Vaccination in the Punjab 1919-1929 - 1919-1929
Year: 1919
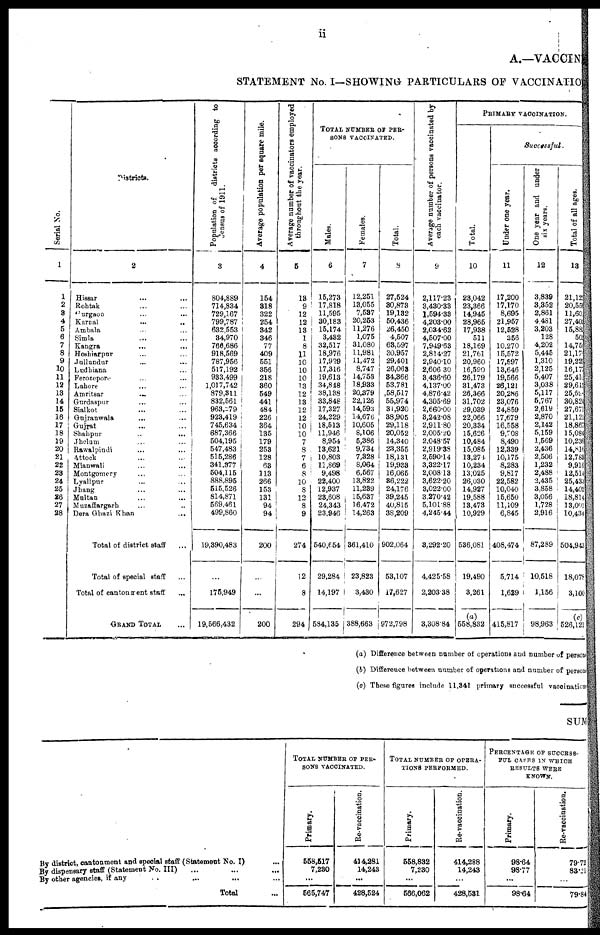
ii
A.—VACCIN
STATEMENT No. I—SHOWING PARTICULARS OF VACCINATIO
Serial No.
1
1
2
3
4
5
6
7
8
9
10
11
12
13
14
15
16
17
18
19
20
21
22
23
24
25
26
27
28
Districts.
2
Hissar ... ...
Rohtak ... ...
Gurgaon ... ...
Karnal
...
...
Ambala ... ...
Simla ... ...
Kangra ... ...
Hoshiarpur ... ...
Jullundur ... ...
Ludhiana ... ...
Ferozepore ... ...
Lahore ... ...
Amritsar
...
...
Gurdaspur ... ...
Sialkot ... ...
Gujranwala ... ...
Gujrat
...
...
Shahpur
...
...
Jhelum ... ...
Rawalpindi ... ...
Attock ... ...
Mianwali ... ...
Montgomery ... ...
Lyallpur ... ...
Jhang ... ...
Multan ... ...
Muzaffargarh ... ...
Dera Ghazi Khan
...
Total of district staff ...
Total of special staff ...
Total of cantonment staff ...
GRAND TOTAL ...
Population of districts according to
Census
of 1911.
3
804,889
714,834
729,167
799,787
632,553
34,970
766,686
918,569
787,956
517,192
933,499
1,017,742
879,311
832,561
963,279
923,419
745,634
687,366
504,195
547,483
515,286
341,377
504,115
888,895
515,526
814,871
569,461
499,860
19,390,483
...
175,949
19,566,432
Average population per square mile.
4
154
318
322
254
342
346
77
409
551
356
218
360
549
441
484
226
364
135
179
253
128
63
113
266
153
131
94
94
200
...
...
200
Average number of vaccinators employed
throughout the year.
5
13
9
12
12
13
1
8
11
10
10
10
13
12
13
12
12
10
10
7
8
7
6
8
10
8
12
8
9
274
12
8
294
TOTAL NUMBER OF PER-
SONS VACCINATED.
Males.
6
15,273
17,818
11,595
30,183
15,174
3,432
32,517
18,976
17,929
17,316
19,613
34,848
38,138
33,848
17,327
24,229
18,513
11,946
8,954
13,621
10,803
11,869
9,498
22,400
12,937
23,608
24,343
23,946
540,654
29,284
14,197
584,135
Females.
7
12,251
13,055
7,537
20,253
11,276
1,075
31,080
11,981
11,472
8,747
14,758
18,933
20,379
22,126
14,593
14,676
10,605
8,106
5,386
9,734
7,328
8,064
6,567
13,822
11,239
15,637
16,472
14,263
361,410
23,823
3,430
388,663
Total.
8
27,524
30,873
19,132
50,436
26,450
4,507
63,597
30,957
29,401
26,063
34,366
53,781
58,517
55,974
31,920
38,905
29,118
20,052
14,340
23,355
18,131
19,933
16,065
36,222
24,176
39,245
40,815
38,209
902,064
53,107
17,627
972,798
Average number of persons vaccinated by
each vaccinator.
9
2,117.23
3,430.33
1,594.33
4,203.00
2,034.62
4,507.00
7,949.63
2,814.27
2,940.10
2,606.30
3,436.60
4,137.00
4,876.42
4,305.69
2,660.00
3,242.08
2,911.80
2,005.20
2,048.57
2,919.38
2,590.14
3,322.17
2,008.13
3,622.20
3,022.00
3,270.42
5,101.88
4,245.44
3,292.20
4,425.58
2,203.38
3,308.84
PRIMARY VACCINATION.
Total.
10
23,042
23,366
14,945
28,965
17,938
511
18,169
21,761
20,960
16,590
26,179
31,473
28,366
31,702
29,039
22,066
20,334
15,626
10,484
15,085
18,274
10,234
13,025
26,030
14,927
19,588
13,473
10,929
536,081
19,490
3,261
(a)
558,832
Successful.
Under one year.
11
17,200
17,170
8,695
21,957
12,528
356
10,270
15,572
17,897
13,646
19,566
26,121
20,286
23,076
24,859
17,679
16,558
9,708
8,490
12,339
10,175
8,283
9,817
22,582
10,040
15,650
11,109
6,845
408,474
5,714
1,629
415,817
One year and under
six years.
12
3,839
3,352
2,861
4,481
3,203
128
4,202
5,445
1,310
2,125
5,407
3,038
5,117
5,767
2,619
2,870
2,142
5,159
1,569
2,436
2,506
1,232
2,488
2,435
3,858
3,056
1,728
2,916
87,289
10,518
1,156
98,963
Total of all ages.
13
21,123
20,559
11,60
27,402
15,883
502
14,751
21,178
19,229
16,177
25,416
29,615
25,59
30,824
27,671
21,121
18,867
15,084
10,236
14,816
12,783
9,916
12,514
25,433
14,402
18,814
13,001
10,434
504,943
18,078
3,100
(c)
526,121
(a) Difference between number of operations and number of persons
(b) Difference between number of operations and number of persons
(c) These figures include 11,341 primary successful vaccinations
SUM
By district, cantonment and special staff (Statement No. I) ...
By dispensary staff (Statement No. III) ... ... ...
By other agencies, if any ... ... ...
Total ...
TOTAL NUMBER OF PER-
SONS VACCINATED.
Primary.
558,517
7,230
...
565,747
Re-vaccination.
414,281
14,243
...
428,524
TOTAL NUMBER OF OPERA-
----- PERFORMED.
Primary.
558,832
7,230
...
566,062
Re-vaccination.
414,288
14,243
...
428,531
PERCENTAGE OF SUCCESS-
FUL CASES IN WHICH
RESULTS WERE
KNOWN.
Primary.
98.64
98.77
...
98.64
Re-vaccination.
79.72
83.21
...
79.84